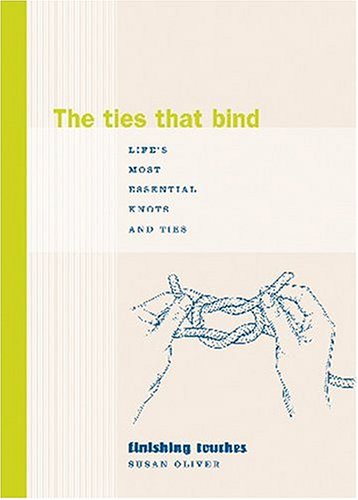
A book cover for The Ties That Bind: Life's Most Essential Knots and Ties (Finishing Touches); Susan Oliver; Crafts, Hobbies & Home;